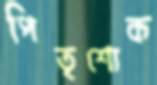
পিতৃশোক